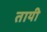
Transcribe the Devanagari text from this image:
तायी